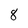
Character: 8